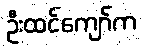
ဦးထင်ကျော်က